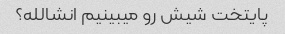
پایتخت شیش رو میبینیم انشالله؟